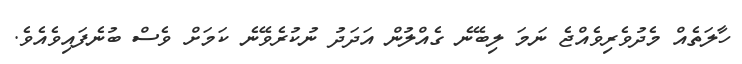
ހާލަތެއް މެދުވެރިވެއްޖެ ނަމަ ލިބޭނެ ގެއްލުން އަދަދު ނުކުރެވޭނެ ކަމަށް ވެސް ބުނެފައިވެއެވެ.